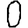
Digit: 0